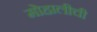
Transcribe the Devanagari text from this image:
मोहालीची